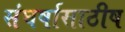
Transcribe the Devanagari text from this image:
संघर्षासाठीष